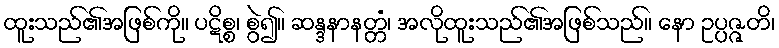
ထူးသည်၏အဖြစ်ကို။ ပဋိစ္စ၊ စွဲ၍။ ဆန္ဒနာနတ္တံ၊ အလိုထူးသည်၏အဖြစ်သည်။ နော ဥပ္ပဇ္ဇတိ၊